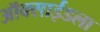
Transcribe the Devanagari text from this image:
ऑक्साईडला